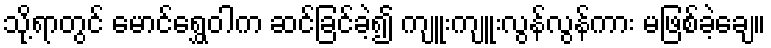
သို့ရာတွင် မောင်ရွှေဝါက ဆင်ခြင်ခဲ့၍ ကျူးကျူးလွန်လွန်ကား မဖြစ်ခဲ့ချေ။